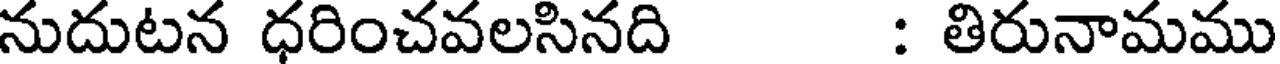
నుదుటన ధరించవలసినది : తిరునామము